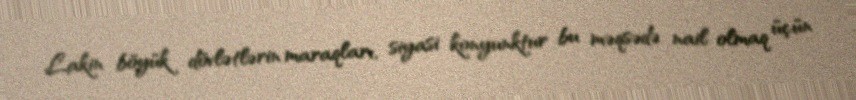
Lakin böyük dövlətlərin maraqları, siyasi konyunktur bu məqsədə nail olmaq üçün